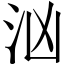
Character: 汹